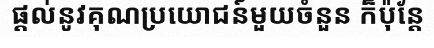
ផ្តល់នូវគុណប្រយោជន៍មួយចំនួន ក៏ប៉ុន្តែ